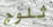
ثلوج